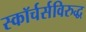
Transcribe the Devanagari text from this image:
स्कॉर्चर्सविरुद्ध